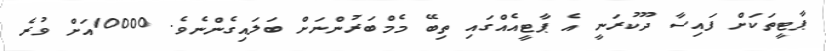
ޕާޓީތަކަށް ފައިސާ ދޫކުރަނީ އެ ޕާޓީއެއްގައި ތިބޭ މެމްބަރުންނަށް ބަލައިގެންނެވެ. 10000އަށް ވުރެ